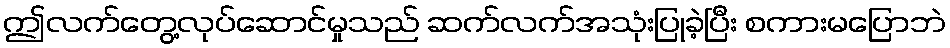
ဤလက်တွေ့လုပ်ဆောင်မှုသည် ဆက်လက်အသုံးပြုခဲ့ပြီး စကားမပြောဘဲ